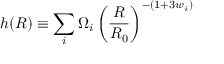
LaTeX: h ( R ) \equiv \sum _ { i } \Omega _ { i } \left( \frac { R } { R _ { 0 } } \right) ^ { - ( 1 + 3 w _ { i } ) }